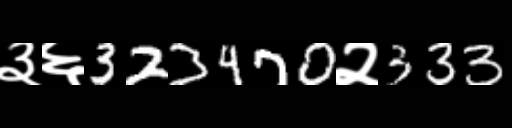
Text: ३६323470२333